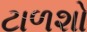
ટાળશો